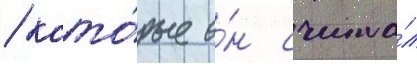
/ кото́рые о́н счита́л